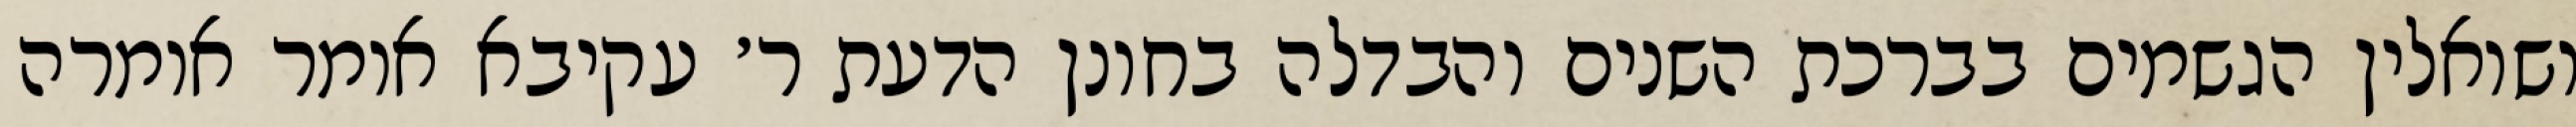
ושואלין הגשמים בברכת השנים והבדלה בחונן הדעת ר׳ עקיבא אומר אומרה